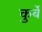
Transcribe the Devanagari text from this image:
कुर्बे